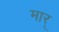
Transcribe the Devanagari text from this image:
मार्